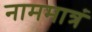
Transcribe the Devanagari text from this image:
नाममात्रं